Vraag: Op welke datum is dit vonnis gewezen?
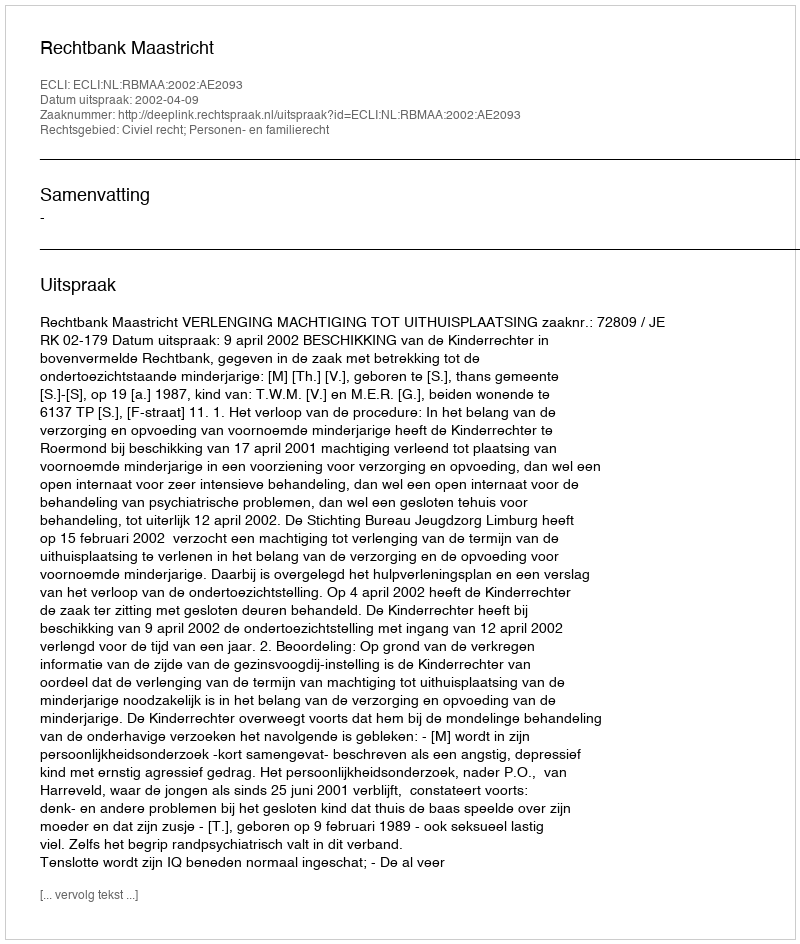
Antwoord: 2002-04-09